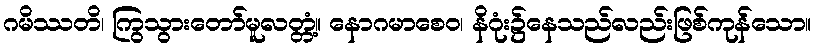
ဂမိဿတိ၊ ကြွသွားတော်မူလတ္တံ့။ နောဂမာစေဝ၊ နိဂုံး၌နေသည်လည်းဖြစ်ကုန်သော။